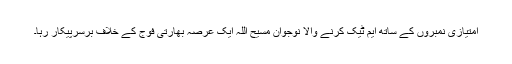
امتیازی نمبروں کے ساتھ ایم ٹیک کرنے والا نوجوان مسیح اللہ ایک عرصہ بھارتی فوج کے خلاف برسرپیکار رہا۔